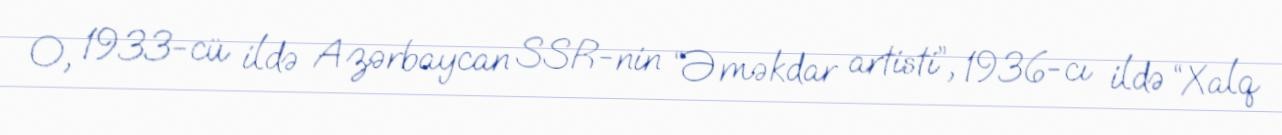
O, 1933-cü ildə Azərbaycan SSR-nin “Əməkdar artisti”, 1936-cı ildə “Xalq